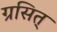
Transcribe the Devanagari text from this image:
ग्रसित्